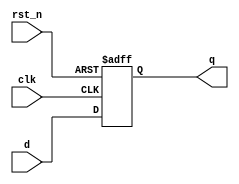
module register_behavior (
    input wire clk,        // Clock signal
    input wire rst_n,     // Active low reset
    input wire [7:0] d,   // Data input
    output reg [7:0] q    // Data output (register)
);

// Task definition to update the register value
task update_register;
    input [7:0] data_in; // Input data for the register
    begin
        // Non-blocking assignment to update the output
        q <= data_in; // Update q with the input data
    end
endtask

// Always block to handle clock and reset
always @(posedge clk or negedge rst_n) begin
    if (!rst_n) begin
        // Reset the register output to 0 on active low reset
        q <= 8'b0;
    end else begin
        // Call the task to update the register
        update_register(d);
    end
end

endmodule